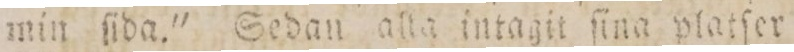
min ſida.' Sedan alla intagit ſina platſer